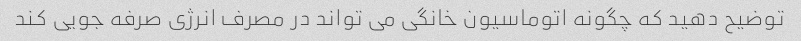
توضیح دهید که چگونه اتوماسیون خانگی می تواند در مصرف انرژی صرفه جویی کند